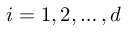
i = 1 , 2 , \ldots , d